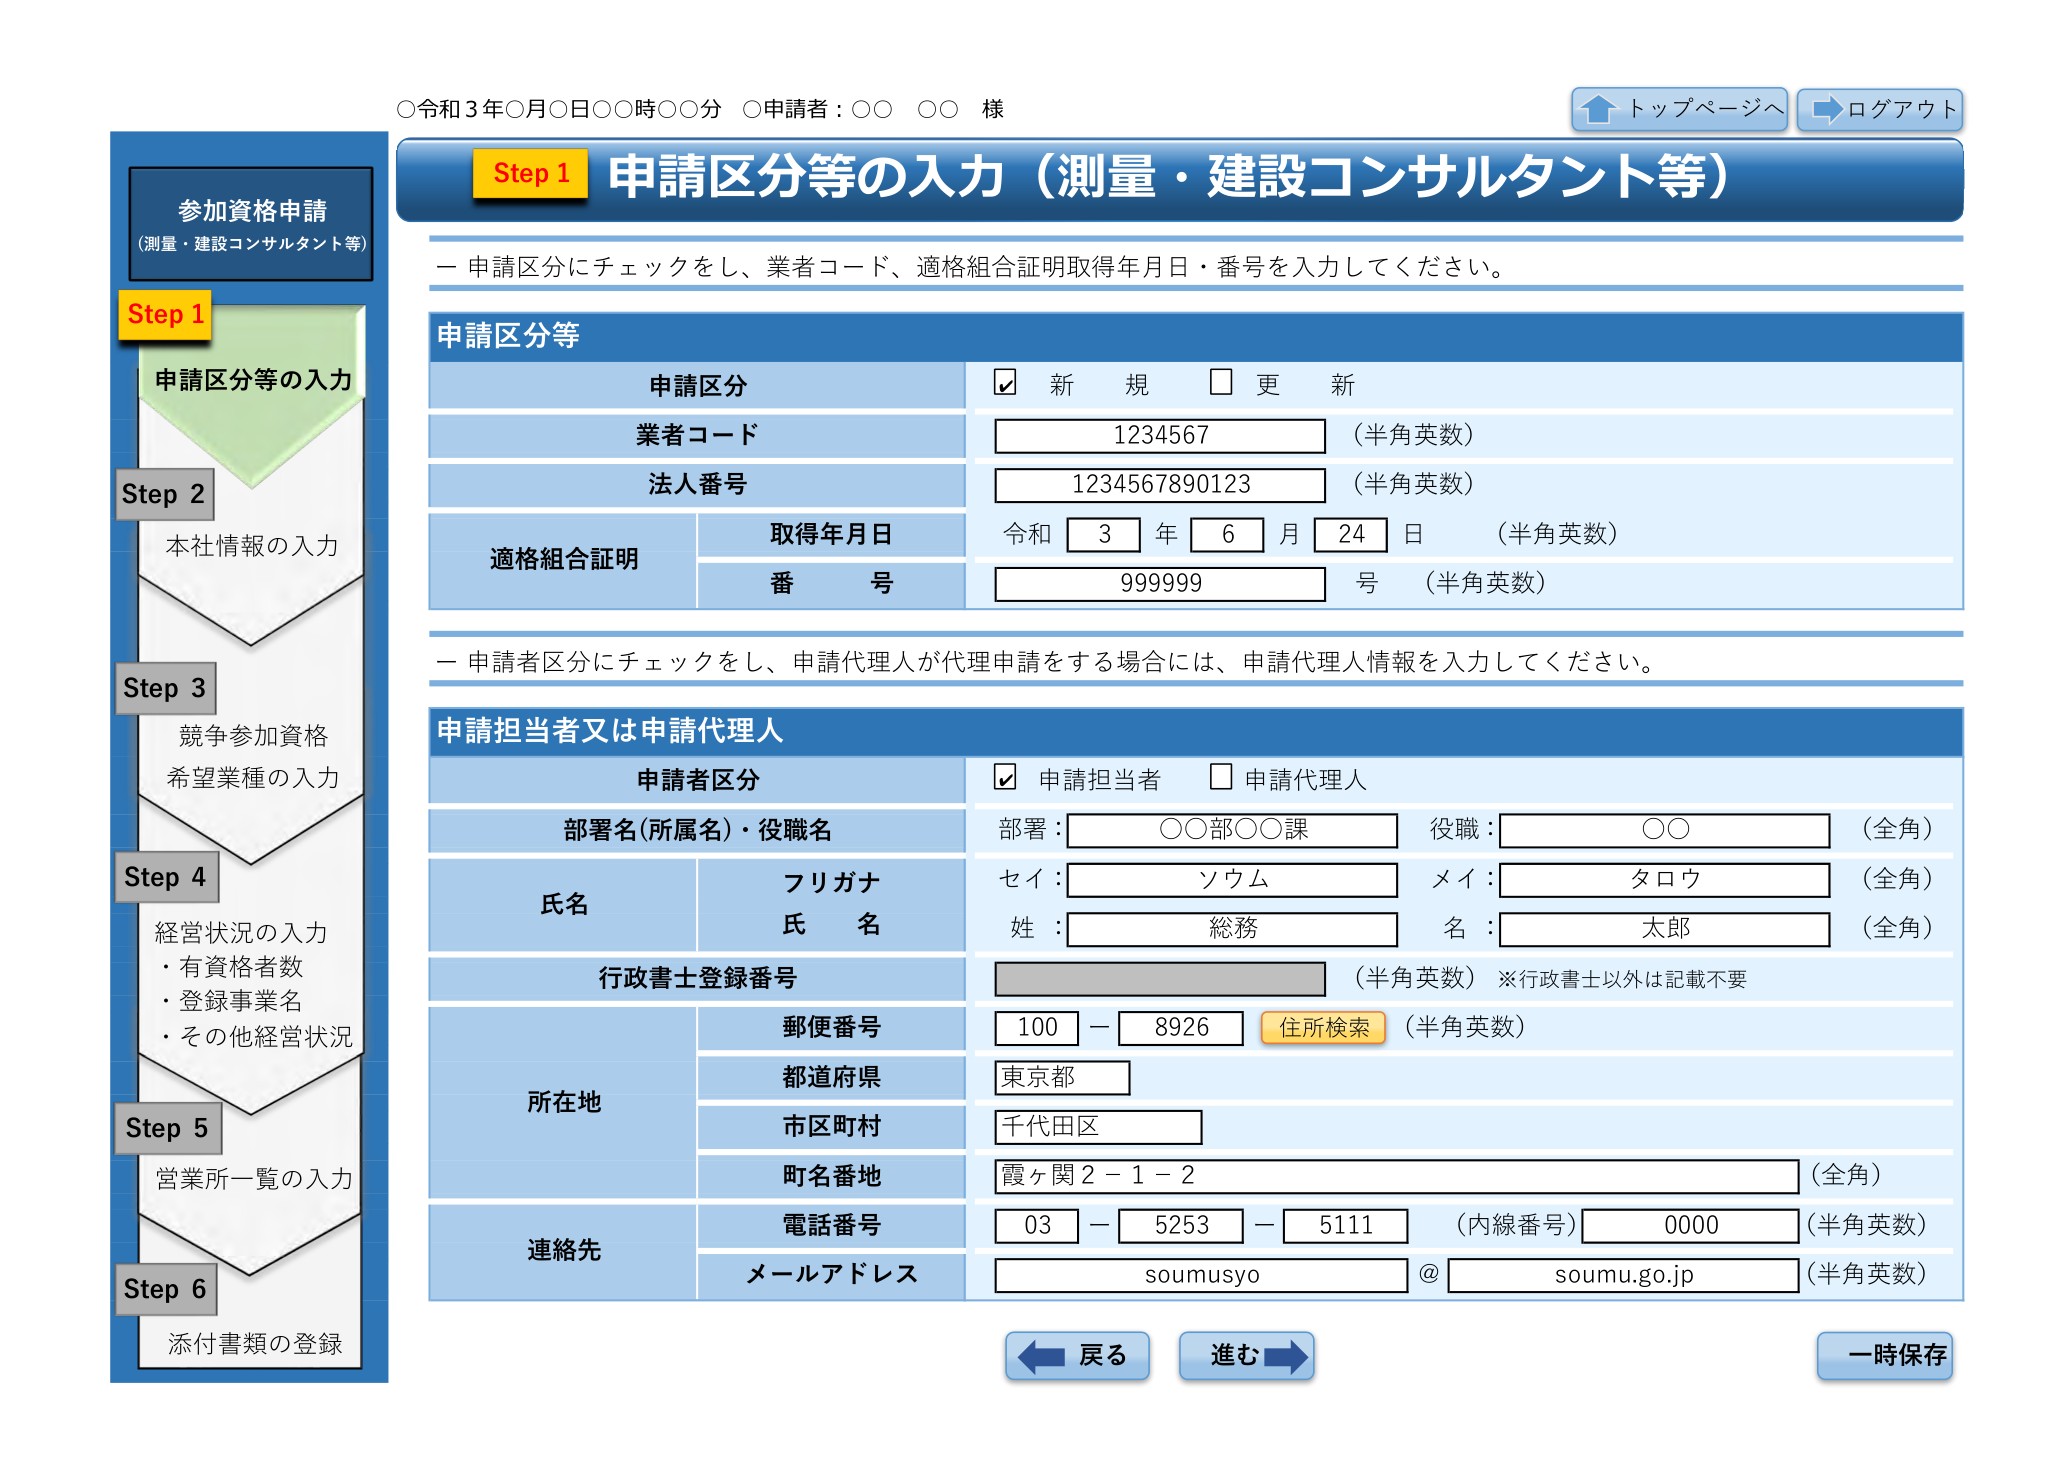
○令和3年○月○日○○時○○分 ○申請者：○○ ○○ 様

トップページへ
ログアウト

参加資格申請
（測量・建設コンサルタント等）

Step 1
申請区分等の入力

Step 2
本社情報の入力

Step 3
競争参加資格
希望業種の入力

Step 4
経営状況の入力
・有資格者数
・登録事業名
・その他経営状況

Step 5
営業所一覧の入力

Step 6
添付書類の登録

Step 1 申請区分等の入力（測量・建設コンサルタント等）

ー 申請区分にチェックをし、業者コード、適格組合証明取得年月日・番号を入力してください。

申請区分等

申請区分
☑ 新 規 □ 更 新

業者コード
1234567 （半角英数）

法人番号
1234567890123 （半角英数）

適格組合証明
取得年月日
令和 3 年 6 月 24 日 （半角英数）

番 号
999999 号 （半角英数）

ー 申請者区分にチェックをし、申請代理人が代理申請をする場合には、申請代理人情報を入力してください。

申請担当者又は申請代理人

申請者区分
☑ 申請担当者 □ 申請代理人

部署名（所属名）・役職名
部署：○○部○○課 役職：○○ （全角）

氏名
フリガナ
セイ：ソウム メイ：タロウ （全角）
氏 名
姓：総務 名：太郎 （全角）

行政書士登録番号
（半角英数）※行政書士以外は記載不要

所在地
郵便番号
100 － 8926 住所検索 （半角英数）
都道府県
東京都
市区町村
千代田区
町名番地
霞ヶ関2－1－2 （全角）

連絡先
電話番号
03 － 5253 － 5111 （内線番号）0000 （半角英数）
メールアドレス
soumusyo @ soumu.go.jp （半角英数）

戻る
進む
一時保存